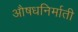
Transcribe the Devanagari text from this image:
औषधनिर्माती